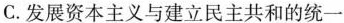
C.发展资本主义与建立民主共和的统一